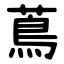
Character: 蔦